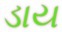
ડાય